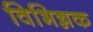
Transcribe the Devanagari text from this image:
विभिन्नक